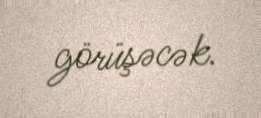
görüşəcək.